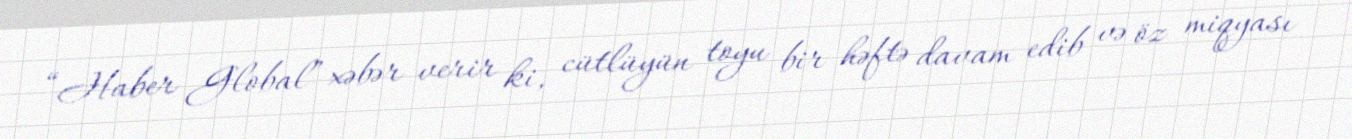
“Haber Global” xəbər verir ki, cütlüyün toyu bir həftə davam edib və öz miqyası